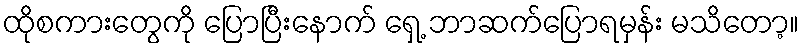
ထိုစကားတွေကို ပြောပြီးနောက် ရှေ့ ဘာဆက်ပြောရမှန်း မသိတော့။